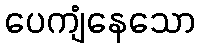
ပေကျံနေသော